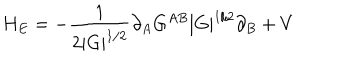
H _ { E } = - \frac { 1 } { 2 | G | ^ { 1 / 2 } } \partial _ { A } G ^ { A B } | G | ^ { 1 / 2 } \partial _ { B } + V